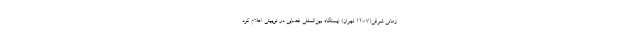
زمانی شرقی(۱۲:۰۷ تهران) ایستگاه بین‌المللی فضایی در توییتی اعلام کرد